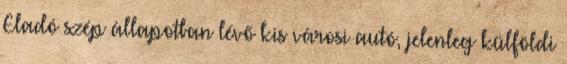
Eladó szép állapotban lévő kis városi autó, jelenleg külföldi